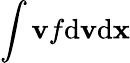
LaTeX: \int{\mathbf v}f\mathrm{d}{\mathbf v}\mathrm{d}{\mathbf x}